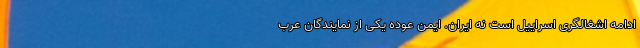
ادامه اشغالگری اسراییل است نه ایران. ایمن عوده یکی از نمایندگان عرب